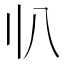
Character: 𠔂